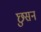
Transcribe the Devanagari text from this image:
छुसन